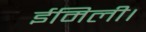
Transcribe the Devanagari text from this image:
ईमिली।